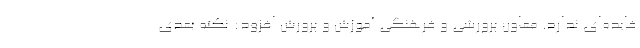
فایده‌ای ندارد. معاون پرورشی و فرهنگی آموزش و پرورش افزود: نکته بعدی